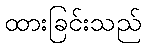
ထားခြင်းသည်